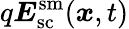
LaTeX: q\boldsymbol{E}_{\mathrm{sc}}^{\mathrm{sm}}(\boldsymbol{x},t)